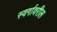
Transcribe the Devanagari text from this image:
स्वर्गावरील